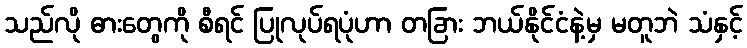
သည်လို ဓားတွေကို စီရင် ပြုလုပ်ရပုံဟာ တခြား ဘယ်နိုင်ငံနဲ့မှ မတူဘဲ သံနှင့်